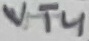
Text: VT4